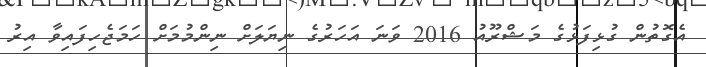
އެގޮތުން ގުޅިފަޅުގެ މަޝްރޫއު 2016 ވަނަ އަހަރުގެ ނިޔަލަށް ނިންމުމަށް ހަމަޖެހިފައިވާ އިރު